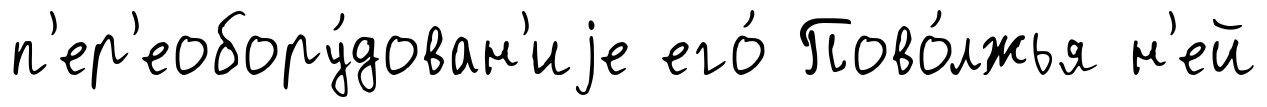
п'ер'еобору́дован'иjе его́ Пово́лжья н'ей